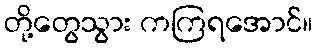
တို့တွေသွား ကကြရအောင်။